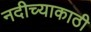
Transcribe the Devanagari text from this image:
नदीच्याकाठी